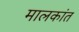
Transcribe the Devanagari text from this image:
मालकांत